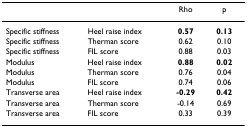
<table><thead><tr><td></td><td></td><td><b>Rho</b></td><td><b>p</b></td></tr></thead><tbody><tr><td>Specific stiffness</td><td>Heel raise index</td><td><b>0.57</b></td><td><b>0.13</b></td></tr><tr><td>Specific stiffness</td><td>Therman score</td><td>0.62</td><td>0.10</td></tr><tr><td>Specific stiffness</td><td>FIL score</td><td>0.88</td><td>0.03</td></tr><tr><td>Modulus</td><td>Heel raise index</td><td><b>0.88</b></td><td><b>0.02</b></td></tr><tr><td>Modulus</td><td>Therman score</td><td>0.76</td><td>0.04</td></tr><tr><td>Modulus</td><td>FIL score</td><td>0.74</td><td>0.06</td></tr><tr><td>Transverse area</td><td>Heel raise index</td><td><b>-0.29</b></td><td><b>0.42</b></td></tr><tr><td>Transverse area</td><td>Therman score</td><td>-0.14</td><td>0.69</td></tr><tr><td>Transverse area</td><td>FIL score</td><td>0.33</td><td>0.39</td></tr></tbody></table>